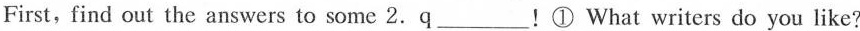
First, find out the answers to some 2. q___! ① What writers do you like?